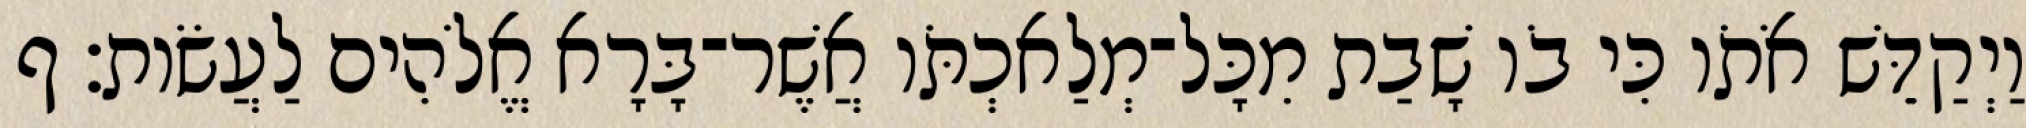
וַיְקַדֵּשׁ אֹתֹו כִּי בֹו שָׁבַת מִכָּל־מְלַאכְתֹּו אֲשֶׁר־בָּרָא אֱלֹהִים לַעֲשֹׂות׃ ף